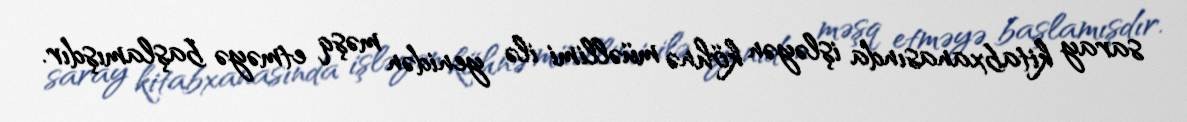
saray kitabxanasında işləyən köhnə müəllimi ilə yenidən məşq etməyə başlamışdır.